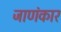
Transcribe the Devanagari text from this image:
जाणंकार